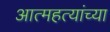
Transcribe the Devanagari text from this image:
आत्महत्यांच्या